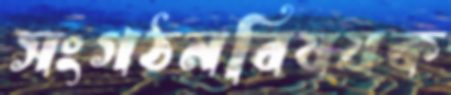
সংগঠনবিষয়ক